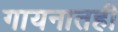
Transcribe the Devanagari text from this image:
गायनातही